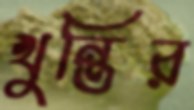
খুন্তির